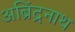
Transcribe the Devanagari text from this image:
अब्रिंद्रनाथ